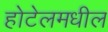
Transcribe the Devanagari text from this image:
होटेलमधील